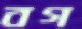
বগ